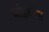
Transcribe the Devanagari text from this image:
जोडधंधा